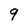
Character: 9